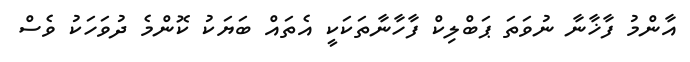
އާންމު ފާޚާނާ ނުވަތަ ޕަބްލިކް ފާހާނާތަކަކީ އެތައް ބަޔަކު ކޮންމެ ދުވަހަކު ވެސް